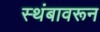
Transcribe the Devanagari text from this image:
स्थंबावरून